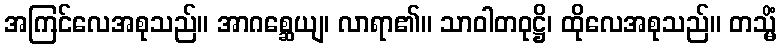
အကြင်လေအစုသည်။ အာဂစ္ဆေယျ၊ လာရာ၏။ သာဝါတဝုဋ္ဌိ၊ ထိုလေအစုသည်။ တသ္မိံ